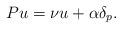
LaTeX: \begin{align*}Pu=\nu u+\alpha \delta _{p}. \end{align*}